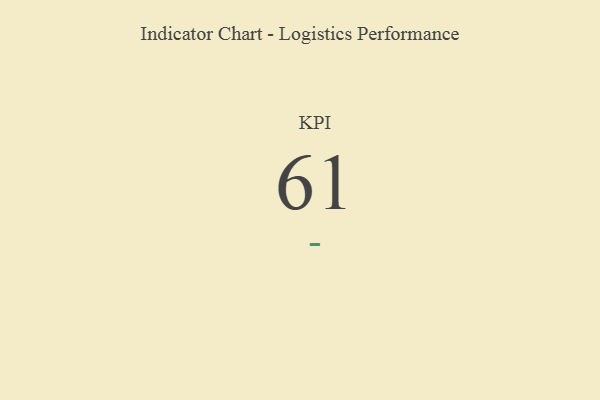
{"axis": {"x": "KPI", "y": "Value"}, "legend": [""], "data": [{"x": "KPI", "y": 61, "type": ""}]}